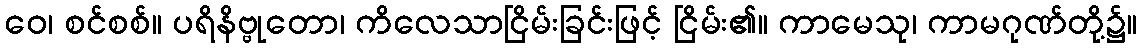
ဝေ၊ စင်စစ်။ ပရိနိဗ္ဗုတော၊ ကိလေသာငြိမ်းခြင်းဖြင့် ငြိမ်း၏။ ကာမေသု၊ ကာမဂုဏ်တို့၌။